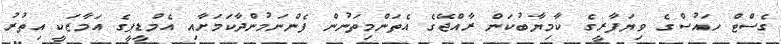
ގެސްޓް ހައުސްގެ ވިޔަފާރީގެ ކާމިޔާބުކަން ރާއްޖޭގެ އެތަންމިތަނުން ފެންނަމުންދާކަމަށާއި އެމްޑީޕީގެ އަމާޒަކީ އިތުރު